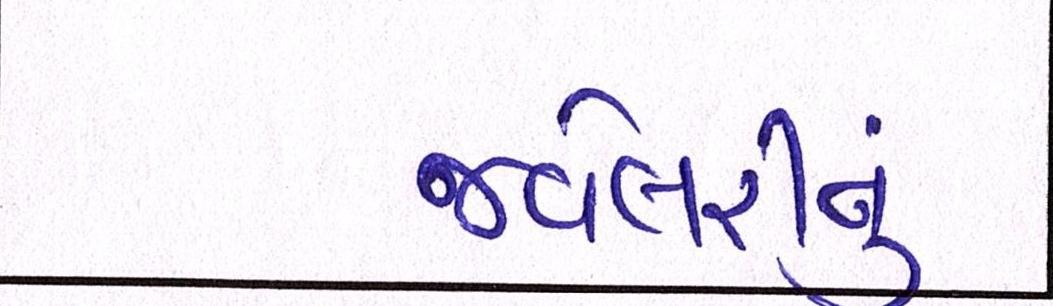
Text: જવેલરીનું